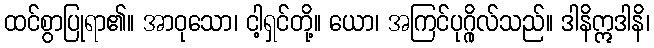
ထင်စွာပြုရာ၏။ အာဝုသော၊ ငါ့ရှင်တို့။ ယော၊ အကြင်ပုဂ္ဂိုလ်သည်။ ဒါနိဣဒါနိ၊